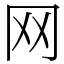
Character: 网